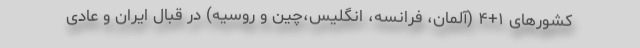
کشورهای ۱+۴ (آلمان، فرانسه، انگلیس،چین و روسیه) در قبال ایران و عادی